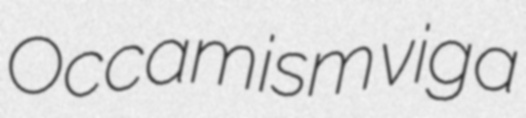
Occamism viga